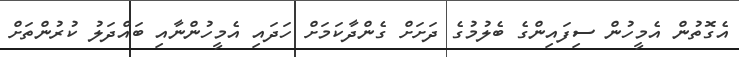
އެގޮތުން އެމީހުން ސިފައިންގެ ބެލުމުގެ ދަށަށް ގެންދާކަމަށް ހަދައި އެމީހުންނާއި ބައްދަލު ކުރުންތަށް